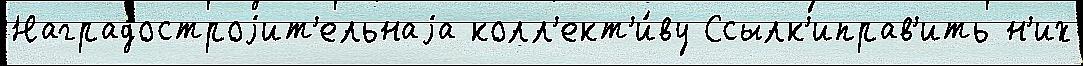
Наградостроjит'ельнаjа колл'ект'и́ву Ссылк'иправ'ить н'их